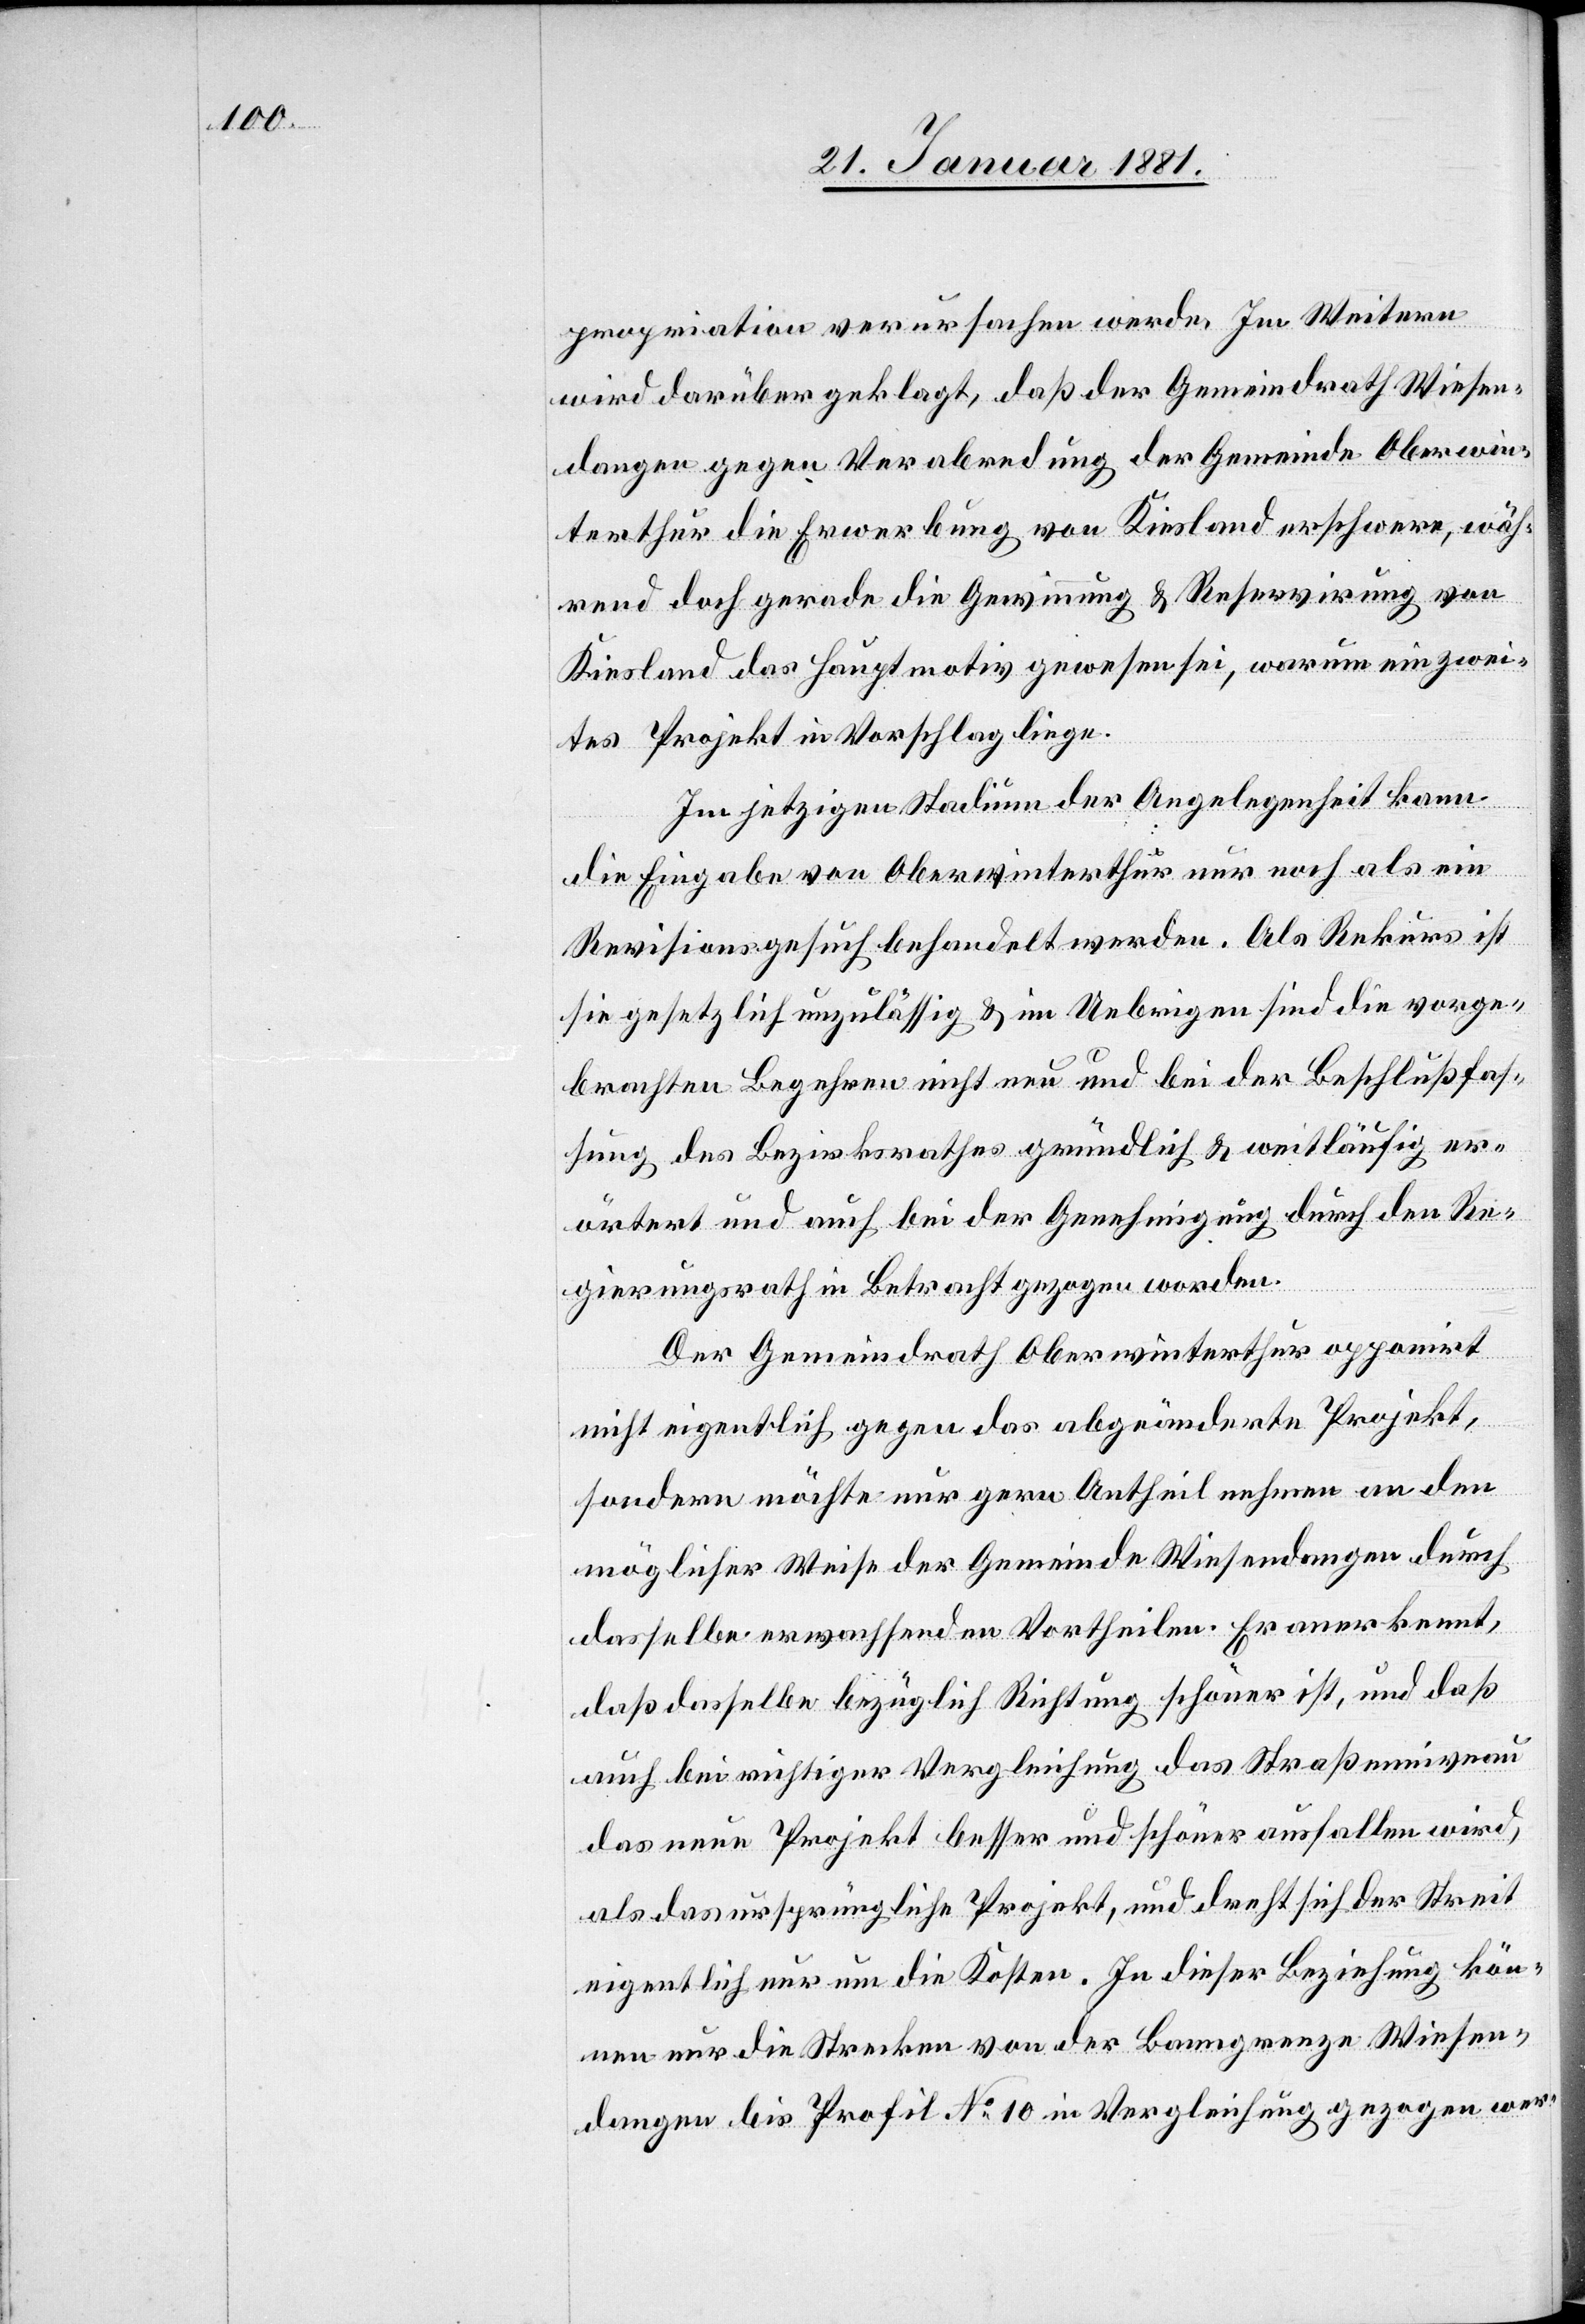
propriation verursachen werde. Im Weitern
wird darüber geklagt, daß der Gemeindrath Wiesen¬
dangen gegen Verabredung der Gemeinde Oberwin¬
terthur die Erwerbung von Kiesland erschwere, wäh¬
rend doch gerade die Gewinnung & Reservierung von
Kiesland das Hauptmotiv gewesen sei, warum ein zwei¬
tes Projekt in Vorschlag liege.
Im jetzigen Stadium der Angelegenheit kann
die Eingabe von Oberwinterthur nur noch als ein
Revisionsgesuch behandelt werden. Als Rekurs ist
sie gesetzlich unzulässig & im Uebrigen sind die vorge¬
brachten Begehren nicht neu und bei der Beschlußfas¬
sung des Bezirksrathes gründlich & weitläufig er¬
örtert und auch bei der Genehmigung durch den Re¬
gierungsrath in Betracht gezogen worden.
Der Gemeindrath Oberwinterthur opponirt
nicht eigentlich gegen das abgeänderte Projekt,
sondern möchte nur gern Antheil nehmen an den
möglicher Weise der Gemeinde Wiesendangen durch
dasselbe erwachsenden Vortheilen. Er anerkennt,
daß dasselbe bezüglich Richtung schöner ist, und daß
auch bei richtiger Vergleichung das Straßenniveau
das neue Projekt besser und schöner ausfallen wird,
als das ursprüngliche Projekt, und dreht sich der Streit
eigentlich nur um die Kosten. in dieser Beziehung kön¬
nen nur die Strecken von der Banngrenze Wiesen¬
dangen bis Profil No 10 in Vergleichung gezogen wer-